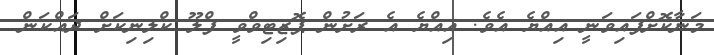
މަނާކޮށްފައިވަނީ އިއްޔެ އެވެ. އިއްޔެ އެ ރަށުން ޕޮޒިޓިވްވީ ފްލޫ ކްލިނިކަށް ދައްކަން